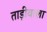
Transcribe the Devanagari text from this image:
ताड़ीवाला